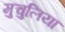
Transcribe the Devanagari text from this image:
मुचुलिया